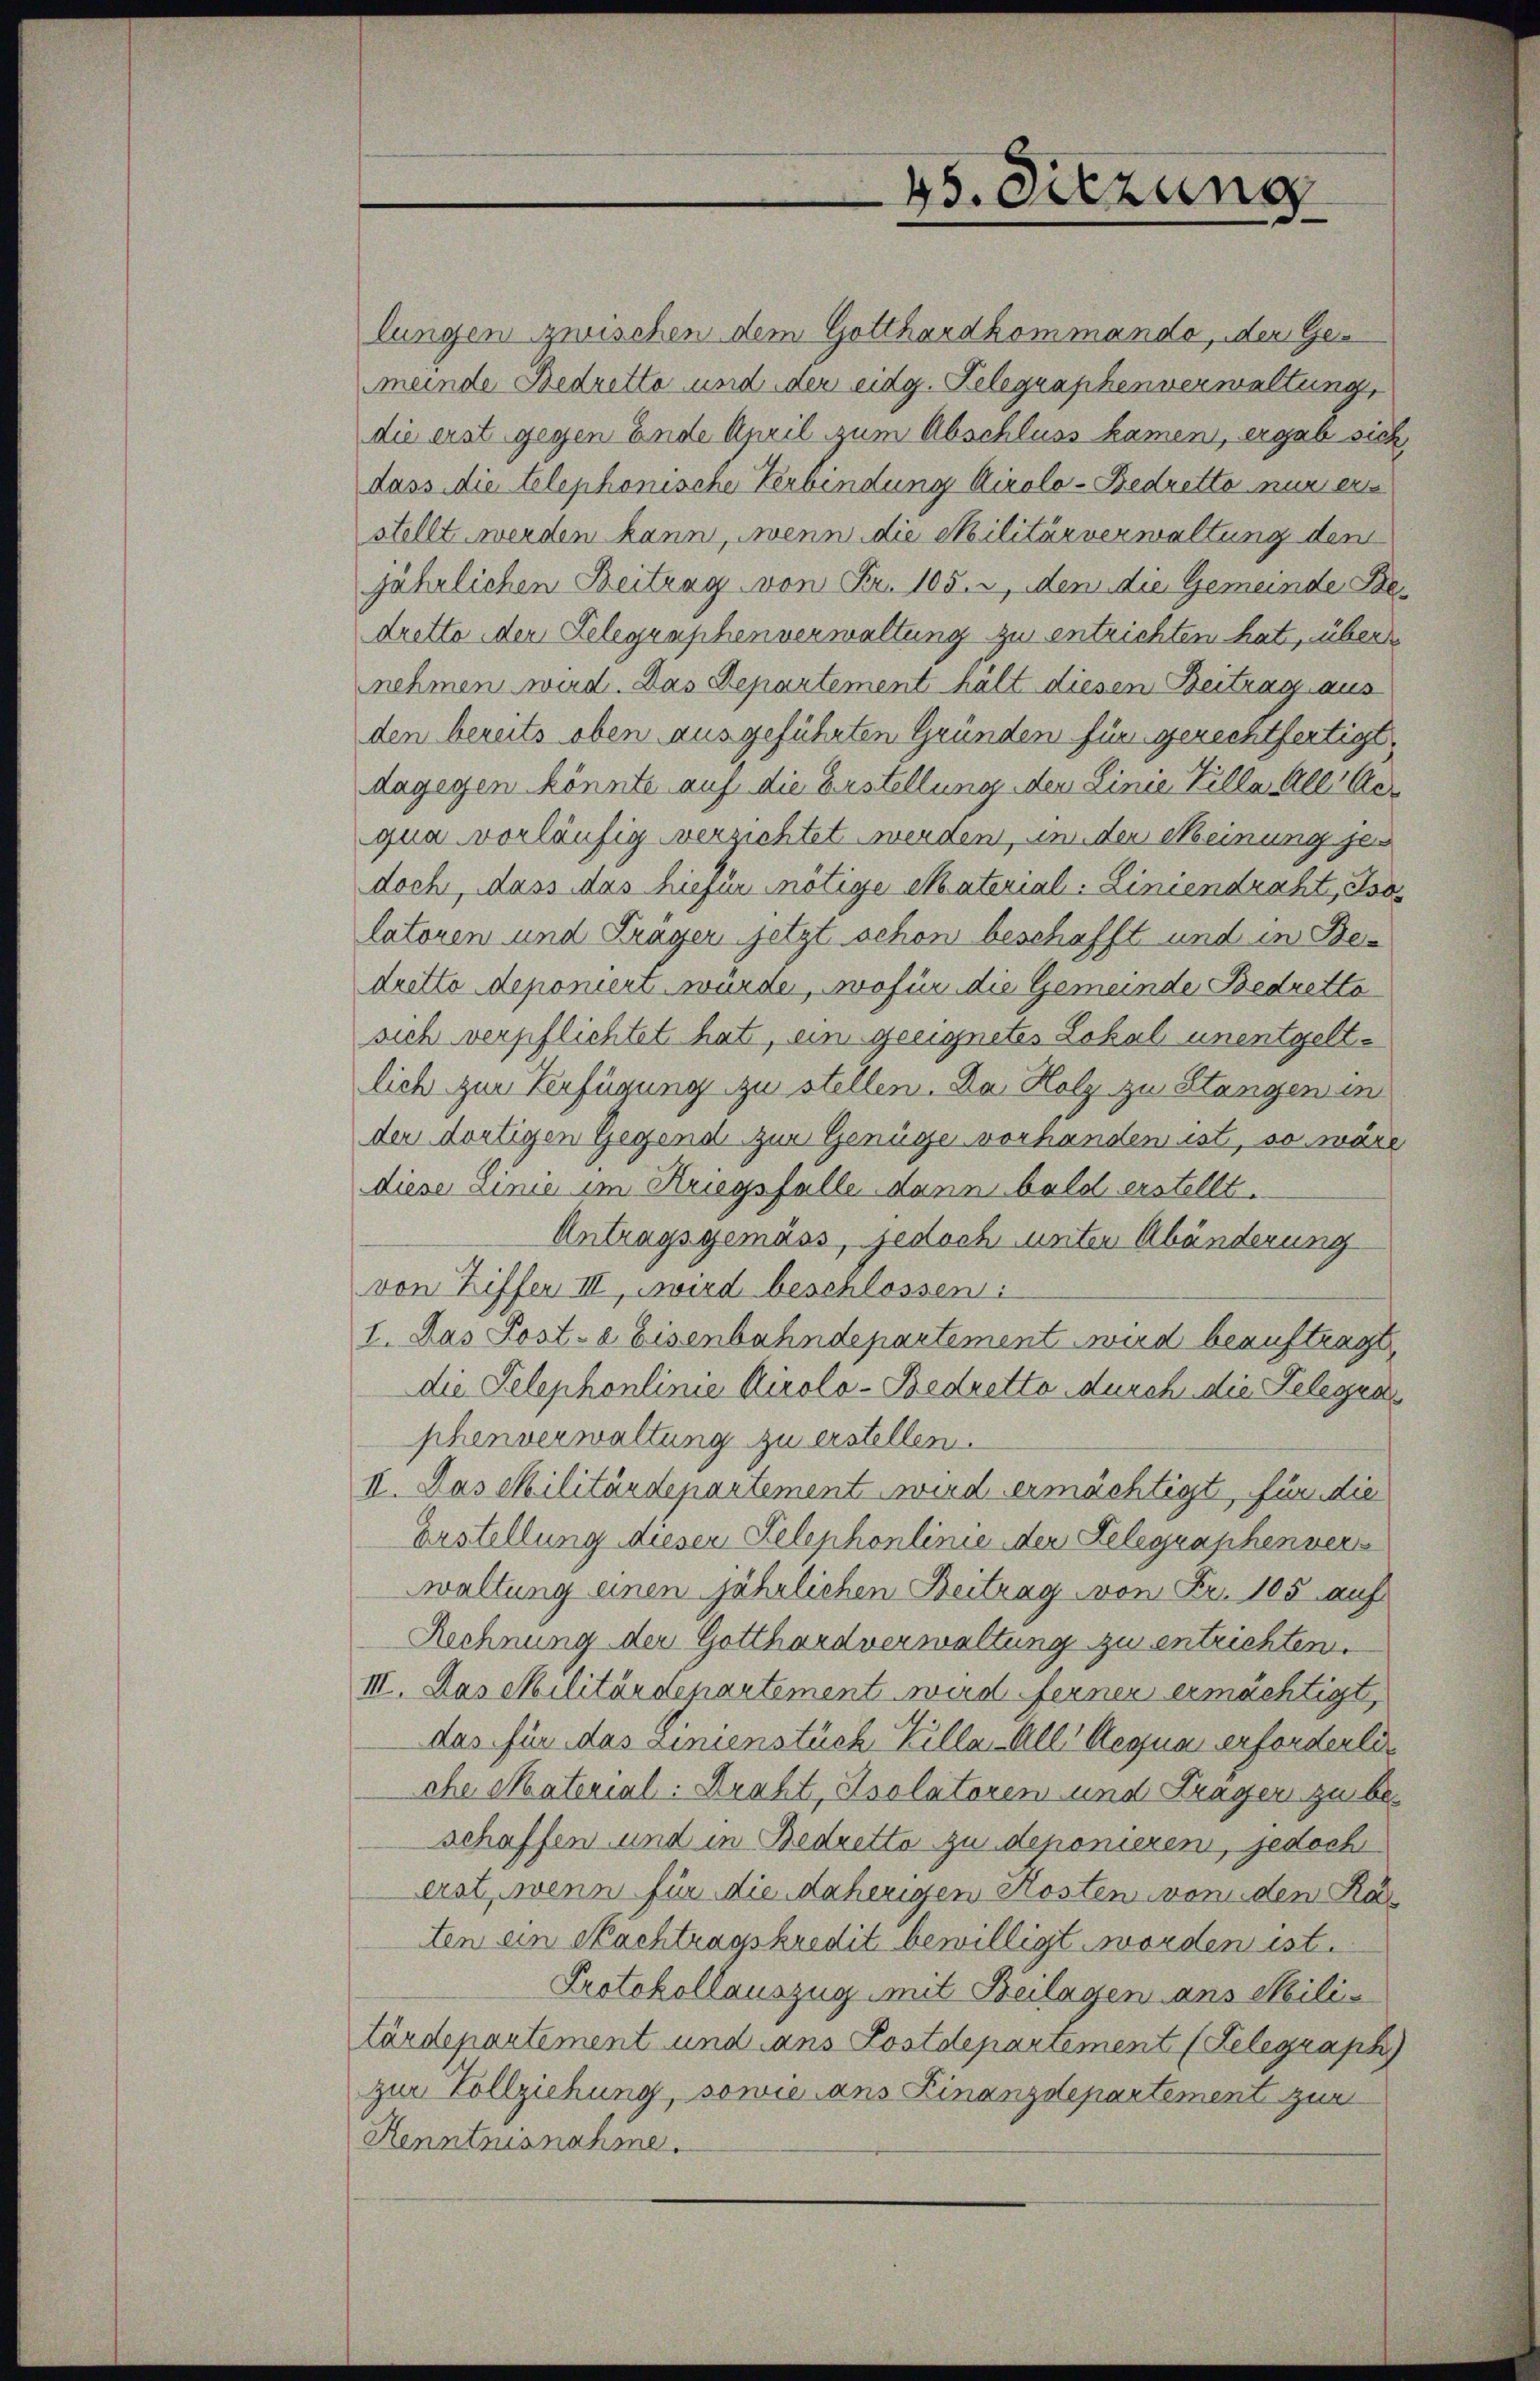
45. Sitzung

lungen zwischen dem Gotthardkommanda, der Gemeinde Bedrette und der eidg. Gelegraphenverwaltung,
die erst gegen Ende April zum Abschluss kamen, ergab sich
dass die telephonische Verbindung Airolo-Bedrette nur ein
stellt werden kann, wenn die Militärverwaltung den
jährlichen Beitrag von Fr. 105. 2, den die Gemeinde Bedretto der Delegraphenverwaltung zu entrichten hat, über
nehmen wird. Das Departement hält diesen Beitrag aus
den bereits oben ausgeführten Gründen für gerechtfertigt,
dagegen könnte auf die Erstellung den Linie Tilla All Ver
qua vorläufig verzichtet werden, um der Meinung jedoch, dass das hiefur mötige Material-Liniendraht, Isolatoren und Träger jetzt schon beschafft und in Bedretto deponiert würde, wofür die Gemeinde Bedretto
sich verpflichtet hat, ein geeignetes Lokal unentgeltlich zur Verfügung zu stellen. Da Holz zu Stangen in
der dortigen Gegend zur Genüge vorhanden ist, so wäre
diese Linie im Kriegsfalle dann bald erstellt.
Antragsgemäss, jedoch unter Abänderung
von Ziffer III, wird beschlossen:
I. Das Post-a Eisenbahndepartement wird beauftragt
die Telephonlinie Kirolo-Bedretto durch die Telegra
phenverwaltung zu erstellen.
II. Das Militärdepartement wird ermächtigt, für die
Erstellung dieser Telephonlinie der Delegraphenvers
waltung einen jährlichen Beitrag von Fr. 105 auf
Rechnung der Gotthard verwaltung zu entrichten.
III. Das Militärdepartement wird ferner ermächtigt,
das für das Linienstück Killa. All Regua erforderliche Material: Draht, Isolatoren und Fragen zu beschaffen und in Bedretto zu deponieren, jedoch
erst, wenn für die daherigen Kosten von den Raten ein Nachtragskredit bewilligt worden ist.
Protokollauszug mit Beilagen ans Meili
tärdepartement und ans Postdepartement (Telegraph
zur Vollziehung, sowie ans Finanzdepartement zur
Kenntnisnahme.